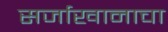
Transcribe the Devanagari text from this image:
सर्जाखानाचा